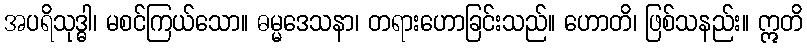
အပရိသုဒ္ဓါ၊ မစင်ကြယ်သော။ ဓမ္မဒေသနာ၊ တရားဟောခြင်းသည်။ ဟောတိ၊ ဖြစ်သနည်း။ ဣတိ